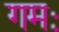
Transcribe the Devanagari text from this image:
गमः